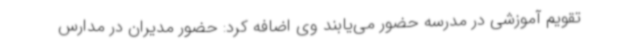
تقویم آموزشی در مدرسه حضور می‌یابند وی اضافه کرد: حضور مدیران در مدارس